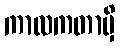
ကာလကတာမှိ